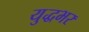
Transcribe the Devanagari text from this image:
युद्धभर